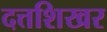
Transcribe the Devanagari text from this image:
दत्तशिखर